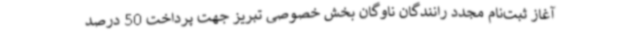
آغاز ثبت‌نام مجدد رانندگان ناوگان بخش خصوصی تبریز جهت پرداخت 50 درصد